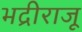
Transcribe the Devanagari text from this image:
भद्रीराजू